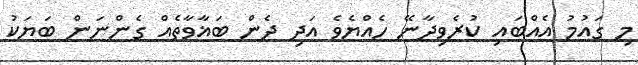
މި ގައުމު އެއްބައި ކުރެވިދާނޭ ހެއްޔެވެ އަދި ދެން ބަޣާވާތެއް ގެންނަން ބަޔަކު